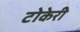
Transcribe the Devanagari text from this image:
टोकेरी